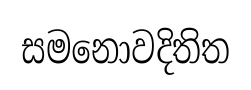
සමනොවදිතිත